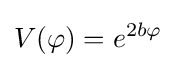
V(\varphi )=e^{2b\varphi }\